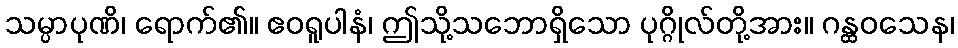
သမ္ပာပုဏိ၊ ရောက်၏။ ဧဝရူပါနံ၊ ဤသို့သဘောရှိသော ပုဂ္ဂိုလ်တို့အား။ ဂန္ထဝသေန၊